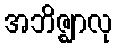
အဘိဇ္ဈာလု